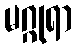
မဂ္ဂုရာ